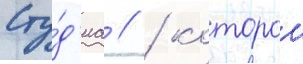
Сту́д'иа // / которои